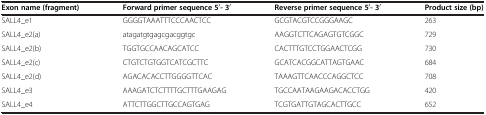
<table><thead><tr><td><b>Exon name (fragment)</b></td><td><b>Forward primer sequence 5<sup>′</sup>-3<sup>′</sup></b></td><td><b>Reverse primer sequence 5<sup>′</sup>-3<sup>′</sup></b></td><td><b>Product size (bp)</b></td></tr></thead><tbody><tr><td>SALL4_e1</td><td>GGGGTAAATTTCCCAACTCC</td><td>GCGTACGTCCGGGAAGC</td><td>263</td></tr><tr><td>SALL4_e2(a)</td><td>atagatgtgagcgacggtgc</td><td>AAGGTCTTCAGAGTGTCGGC</td><td>729</td></tr><tr><td>SALL4_e2(b)</td><td>TGGTGCCAACAGCATCC</td><td>CACTTTGTCCTGGAACTCGG</td><td>730</td></tr><tr><td>SALL4_e2(c)</td><td>CTGTCTGTGGTCATCGCTTC</td><td>GCATCACGGCATTAGTGAAC</td><td>684</td></tr><tr><td>SALL4_e2(d)</td><td>AGACACACCTTGGGGTTCAC</td><td>TAAAGTTCAACCCAGGCTCC</td><td>708</td></tr><tr><td>SALL4_e3</td><td>AAAGATCTCTTTTGCTTTGAAGAG</td><td>TGCCAATAAGAAGACACCTGG</td><td>420</td></tr><tr><td>SALL4_e4</td><td>ATTCTTGGCTTGCCAGTGAG</td><td>TCGTGATTGTAGCACTTGCC</td><td>652</td></tr></tbody></table>